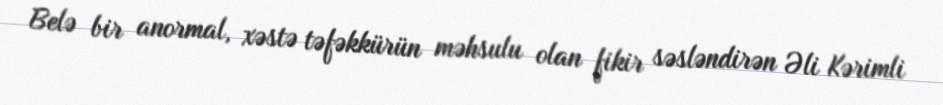
Belə bir anormal, xəstə təfəkkürün məhsulu olan fikir səsləndirən Əli Kərimli